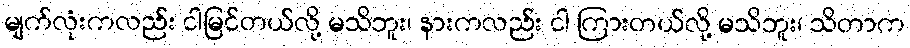
မျက်လုံးကလည်း ငါမြင်တယ်လို့ မသိဘူး၊ နားကလည်း ငါ ကြားတယ်လို့ မသိဘူး၊ သိတာက